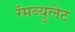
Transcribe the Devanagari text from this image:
रॅमब्युलेट